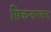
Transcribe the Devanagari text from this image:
सिकन्‍दराबाद